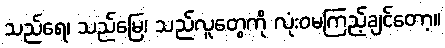
သည်ရေ၊ သည်မြေ၊ သည်လူတွေကို လုံးဝမကြည့်ချင်တော့။